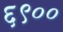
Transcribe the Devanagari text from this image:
६९००